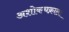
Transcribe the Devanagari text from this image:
अशोकचक्राला